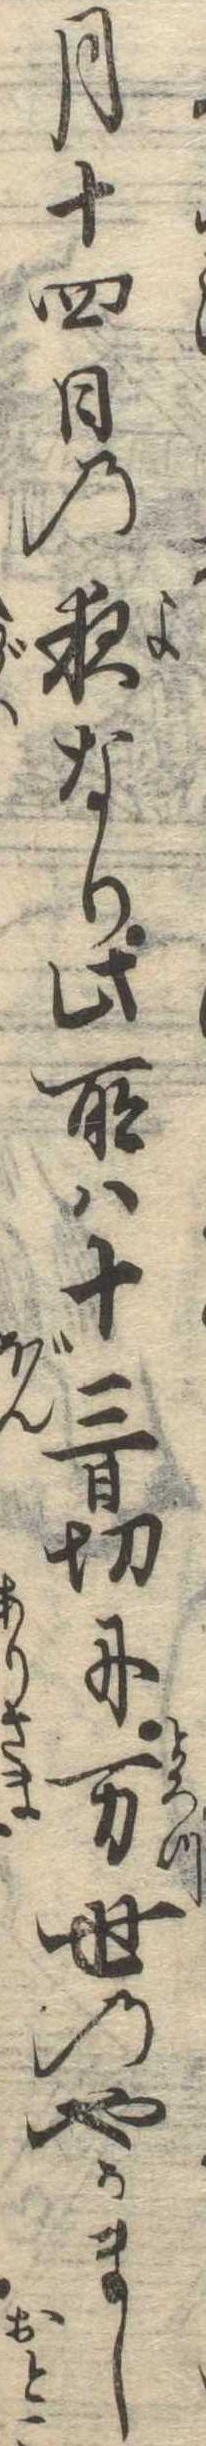
月十四日の夜なり此所は十三日切に万世のやかまし